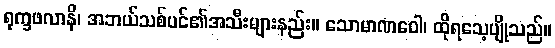
ရုက္ခဖလာနိ၊ အဘယ်သစ်ပင်၏အသီးများနည်း။ သောမာဏဝေါ၊ ထိုရသေ့ပျိုသည်။